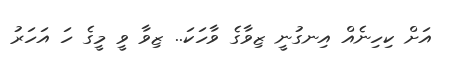
އަށް ކިހިނެއް އިނގުނީ ޒިވާގެ ވާހަކަ.. ޒިވާ ވީ މީގެ ހަ އަހަރު